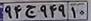
۹۴ج۹۴۹۱۰